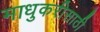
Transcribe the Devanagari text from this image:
माधुकरीसाठी